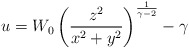
\begin{align*}u=W_0\left({{z^2}\over{x^2+y^2}}\right)^{1\over{\gamma-2}}-\gamma\end{align*}